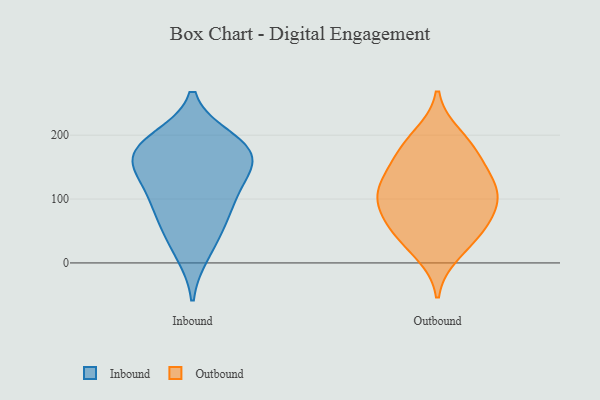
{"axis": {"x": "Net Income (USD K)", "y": "Value"}, "legend": ["Inbound", "Outbound"], "data": [{"x": "", "y": 16, "type": "Inbound"}, {"x": "", "y": 47, "type": "Inbound"}, {"x": "", "y": 181, "type": "Inbound"}, {"x": "", "y": 156, "type": "Inbound"}, {"x": "", "y": 193, "type": "Inbound"}, {"x": "", "y": 133, "type": "Inbound"}, {"x": "", "y": 83, "type": "Inbound"}, {"x": "", "y": 83, "type": "Inbound"}, {"x": "", "y": 156, "type": "Inbound"}, {"x": "", "y": 169, "type": "Inbound"}, {"x": "", "y": 185, "type": "Inbound"}, {"x": "", "y": 112, "type": "Inbound"}, {"x": "", "y": 111, "type": "Outbound"}, {"x": "", "y": 95, "type": "Outbound"}, {"x": "", "y": 152, "type": "Outbound"}, {"x": "", "y": 75, "type": "Outbound"}, {"x": "", "y": 199, "type": "Outbound"}, {"x": "", "y": 66, "type": "Outbound"}, {"x": "", "y": 43, "type": "Outbound"}, {"x": "", "y": 129, "type": "Outbound"}, {"x": "", "y": 46, "type": "Outbound"}, {"x": "", "y": 183, "type": "Outbound"}, {"x": "", "y": 109, "type": "Outbound"}, {"x": "", "y": 15, "type": "Outbound"}, {"x": "", "y": 170, "type": "Outbound"}, {"x": "", "y": 114, "type": "Outbound"}]}